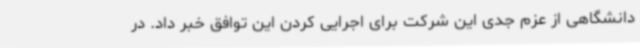
دانشگاهی از عزم جدی این شرکت برای اجرایی کردن این توافق خبر داد. در